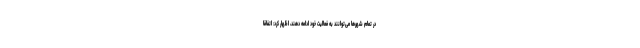
در تمام شهرها می‌توانند به فعالیت خود ادامه دهند، اظهار کرد: اتفاقا